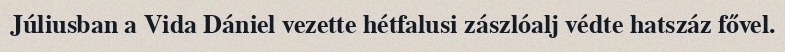
Júliusban a Vida Dániel vezette hétfalusi zászlóalj védte hatszáz fővel.